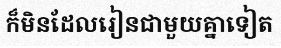
ក៏មិនដែលរៀនជាមួយគ្នាទៀត